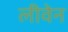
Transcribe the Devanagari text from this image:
लीवेन